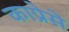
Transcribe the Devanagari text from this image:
काप्रेसे